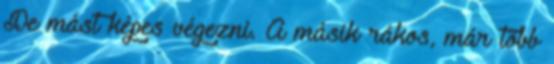
De mást képes végezni. A másik rákos, már több